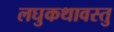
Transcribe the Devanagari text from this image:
लघुकथावस्तु